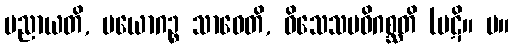
ပညာယတိ, ပယောဂဉ္စ သာဓေတိ, ဝိသေသမဓိဂစ္ဆတိ (ပဋိ။ မ။